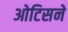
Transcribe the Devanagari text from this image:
ओटिसने